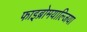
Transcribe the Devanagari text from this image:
फाइब्रोमयाल्जिया